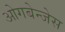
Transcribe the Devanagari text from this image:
ओगबेन्जेस